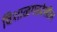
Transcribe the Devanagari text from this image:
विशाळगडदेखील